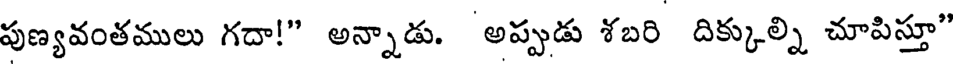
పుణ్యవంతములు గదా!" అన్నాడు. అప్పుడు శబరి దిక్కుల్ని చూపిస్తూ"